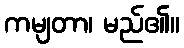
ကမျတာ၊ မည်၏။